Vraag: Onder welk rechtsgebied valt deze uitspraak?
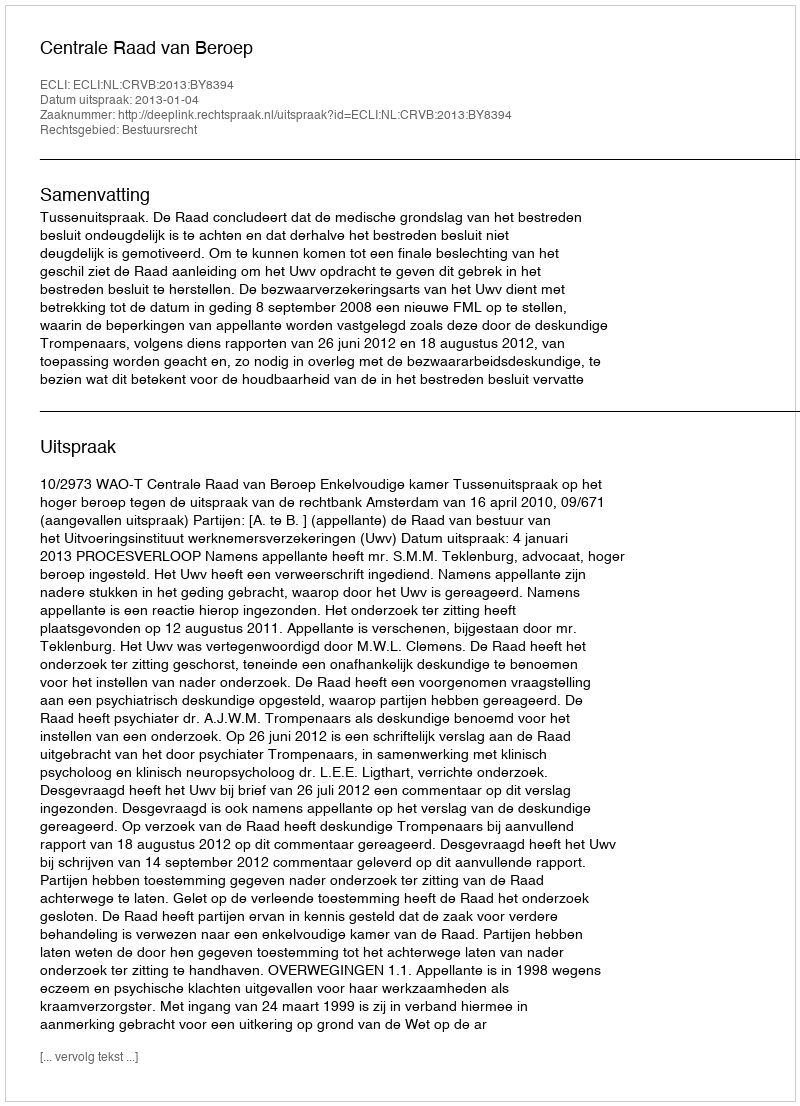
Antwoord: Bestuursrecht